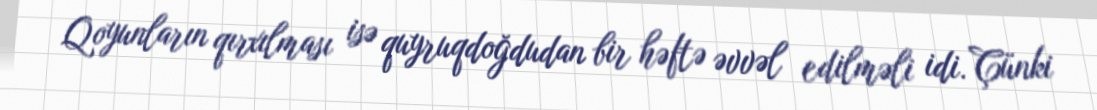
Qoyunların qırxılması isə quyruqdoğdudan bir həftə əvvəl edilməli idi. Çünki